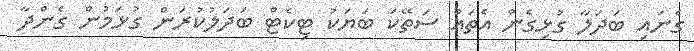
ގެނައި ބަދަލާ ގުޅިގެން އެތައް ސަތޭކަ ބަޔަކު ޓިކެޓް ބަދަލުކުރަން ގުޅަމުން ގެންދާ